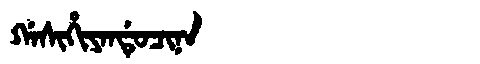
Manchu: ᡤᠠᠰᡳᡥᡳᠶᠠᠨᡩᡠᠴᡳᠨᠠ
Romanization: GASIHIYANDUCINA